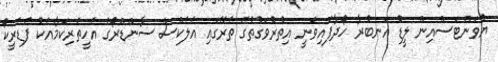
ޔުވަންޓަސްއިން ލީޑު އަނބުރާ ހޯދާފައިވަނީ އިތުރުވަގުތުގެ ތެރޭގައި އެލެކްސް ސާންޑްރޯގެ އެހީތެރިކަމާއެކު ފެޑެރީކޯ